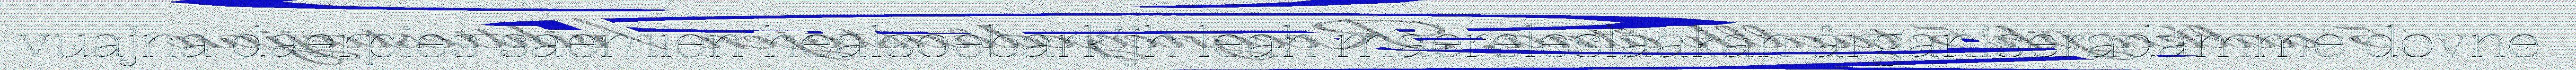
vuajna daerpies saemien healsoebarkijh leah maereleslaakan årganiseradamme dovne